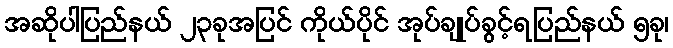
အဆိုပါပြည်နယ် ၂၃ခုအပြင် ကိုယ်ပိုင် အုပ်ချုပ်ခွင့်ရပြည်နယ် ၅ခု၊